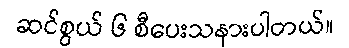
ဆင်စွယ် ၆ စီပေးသနားပါတယ်။